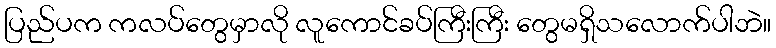
ပြည်ပက ကလပ်တွေမှာလို လူကောင်ခပ်ကြီးကြီး တွေမရှိသလောက်ပါဘဲ။